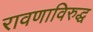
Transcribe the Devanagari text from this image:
रावणाविरुद्ध